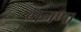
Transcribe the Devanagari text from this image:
गनणा